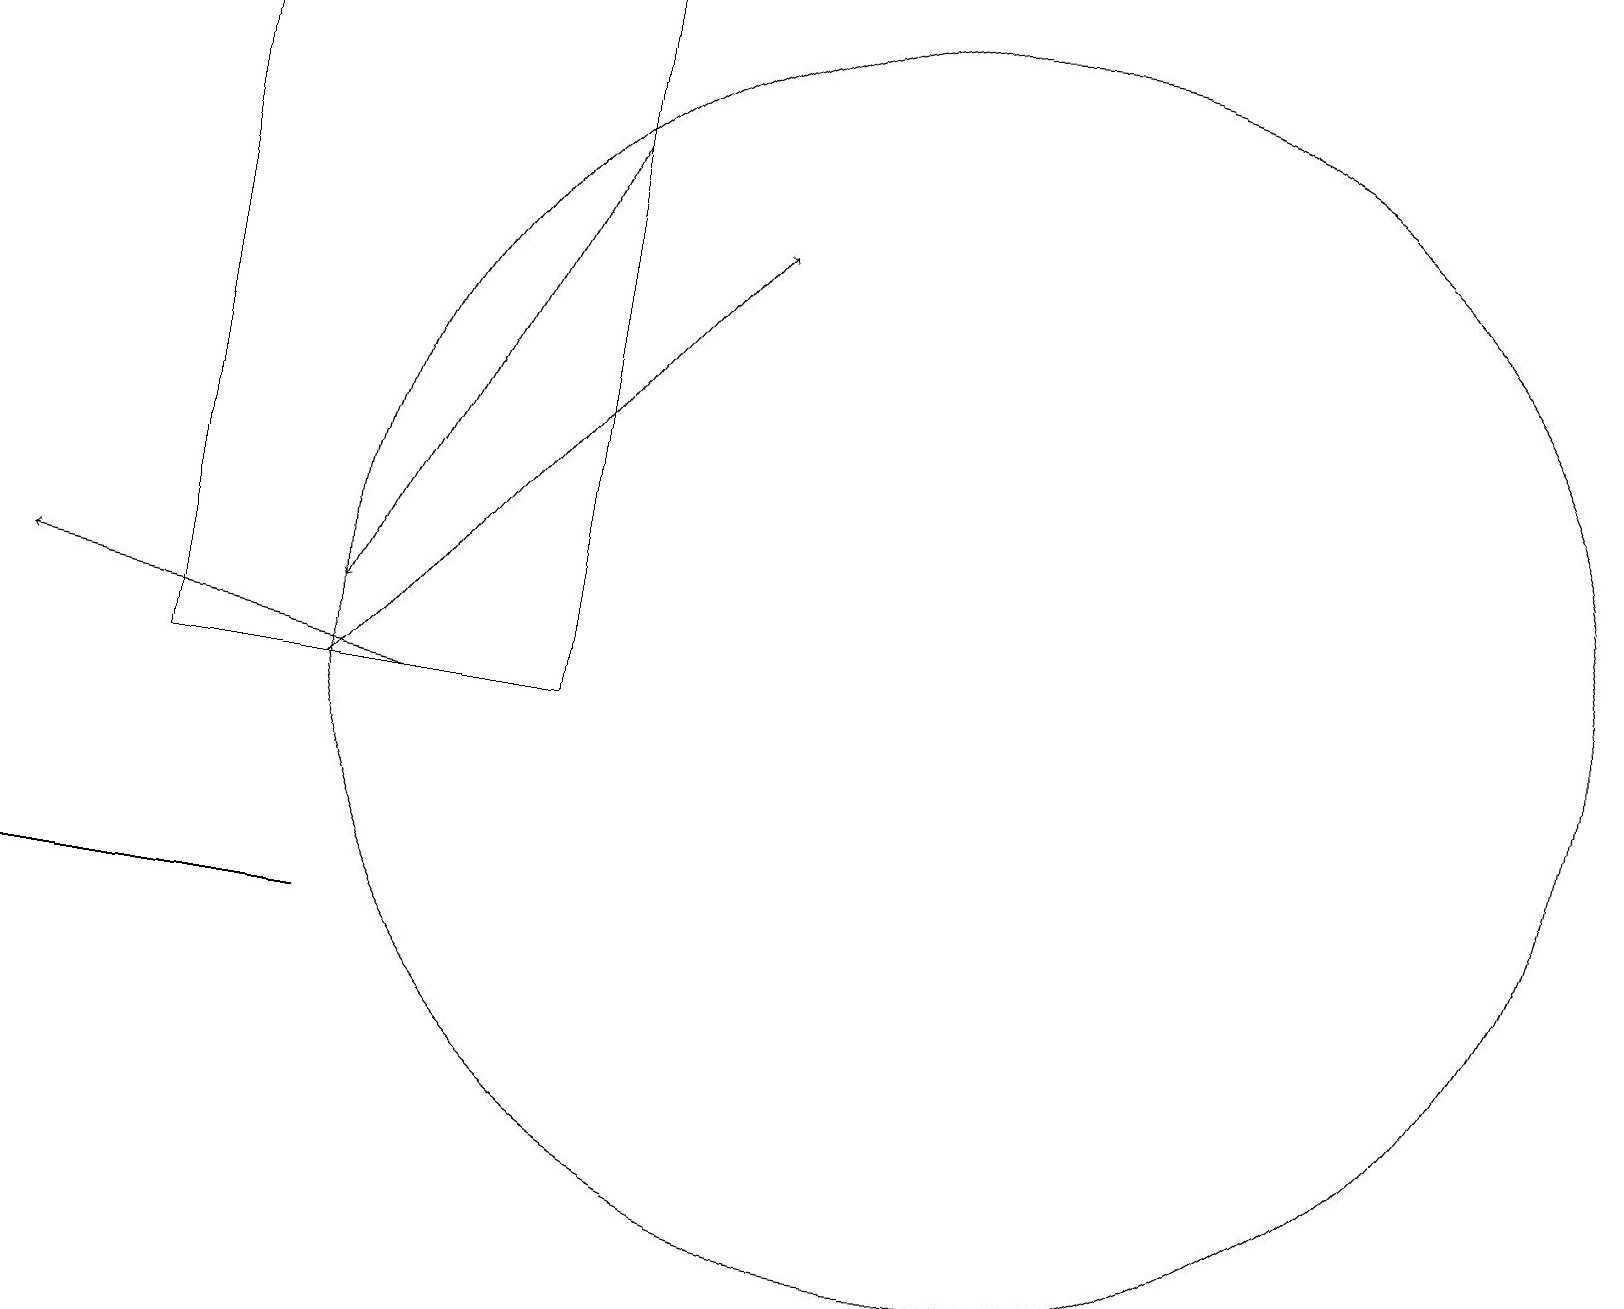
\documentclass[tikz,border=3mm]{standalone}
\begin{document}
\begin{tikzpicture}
\draw[->] (5,10) -- (0,11);
\draw (7,10) rectangle (2,19);
\draw[->] (4,10) -- (9,16);
\draw[->] (7,17) -- (4,11);
\draw (4,7) -- (3,7) -- (0,7) -- cycle;
\draw (12,11) circle (8);
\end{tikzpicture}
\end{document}